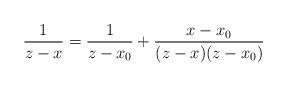
LaTeX: \begin{align*}\dfrac{1}{z-x} = \dfrac{1}{z-x_0}+ \dfrac{x-x_0}{(z-x)(z-x_0)}\end{align*}